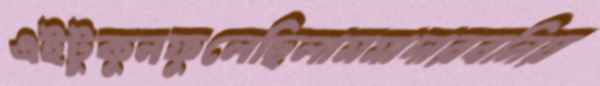
এইটুকুনফুলেছিলামমাদারবনিয়